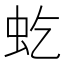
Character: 虼